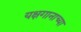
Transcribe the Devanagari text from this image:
यक्षगानाच्या